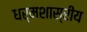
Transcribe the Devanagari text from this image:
धर्मशास्रीय